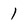
Character: 1